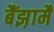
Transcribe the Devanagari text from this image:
बैंझ़ामैं